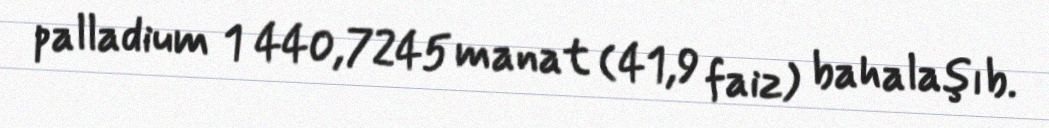
palladium 1 440,7245 manat (41,9 faiz) bahalaşıb.